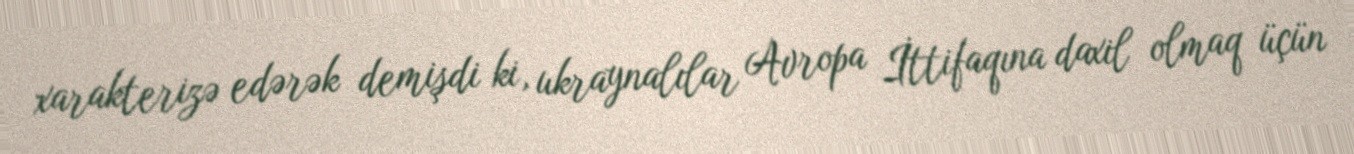
xarakterizə edərək demişdi ki, ukraynalılar Avropa İttifaqına daxil olmaq üçün